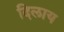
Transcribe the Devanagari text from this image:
दिलाय